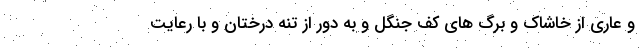
و عاری از خاشاک و برگ های کف جنگل و به دور از تنه درختان و با رعایت